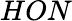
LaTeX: HON